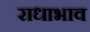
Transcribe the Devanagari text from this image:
राधाभाव